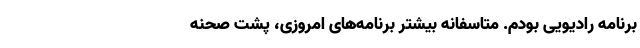
برنامه‌ رادیویی بودم. متاسفانه بیشتر برنامه‌های امروزی، پشت صحنه